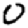
Digit: 0